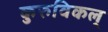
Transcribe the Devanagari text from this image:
कुरुविकल्